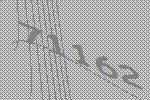
71162